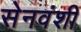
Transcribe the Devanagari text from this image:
सेनवंशी